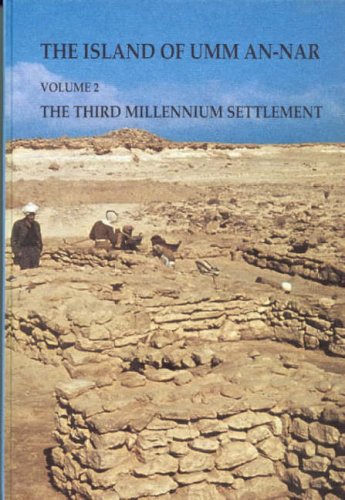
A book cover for Island of Umm-an-Nar Volume 2: The Third Millennium Settlement (JUTLAND ARCH SOCIETY); Karen Frifelt; History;